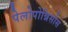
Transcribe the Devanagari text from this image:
पेलोपोन्निसोस